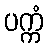
ပက္ကံ